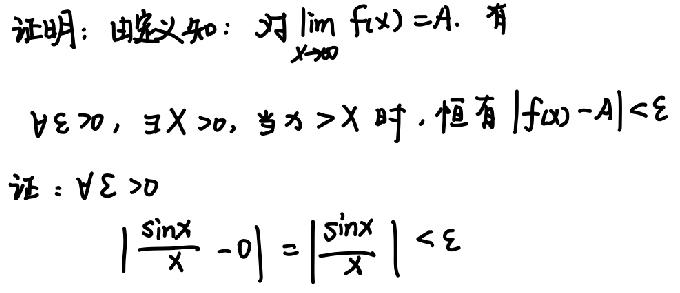
证明：由定义知：对\(\lim_{x \to \infty} f(x)=A\)，有
\(\forall \varepsilon>0\)，\(\exists X > 0\)，当\(x>X\)时，恒有\(\vert f(x)-A\vert<\varepsilon\)
证：\(\forall \varepsilon>0\)
\(\left|\frac{\sin x}{x}-0\right|=\left|\frac{\sin x}{x}\right|<\varepsilon\)